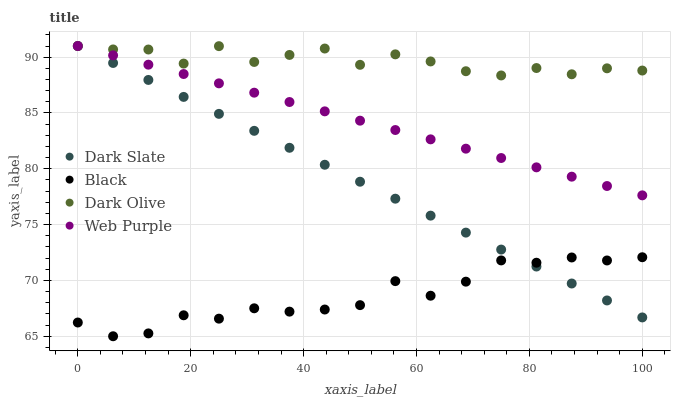
| xaxis_label | Dark Slate | Black | Dark Olive | Web Purple |
 | --- | --- | --- | --- | --- |
 | 0 | 91 | 66.2 | 91 | 91 |
 | 6.25 | 89.5 | 65 | 90.7 | 90.2 |
 | 12.5 | 88 | 65.3 | 90.7 | 89.3 |
 | 18.8 | 86.4 | 66.9 | 89.4 | 88.5 |
 | 25 | 84.9 | 66.6 | 91 | 87.7 |
 | 31.2 | 83.4 | 67.5 | 89.6 | 86.8 |
 | 37.5 | 81.9 | 67.2 | 90.2 | 86 |
 | 43.8 | 80.4 | 67.4 | 90.8 | 85.1 |
 | 50 | 78.8 | 67.8 | 89.3 | 84.3 |
 | 56.2 | 77.3 | 69.9 | 90.3 | 83.5 |
 | 62.5 | 75.8 | 68.6 | 89.6 | 82.6 |
 | 68.8 | 74.3 | 69.9 | 88.7 | 81.8 |
 | 75 | 72.8 | 71.8 | 88.4 | 81 |
 | 81.2 | 71.2 | 71.6 | 89 | 80.1 |
 | 87.5 | 69.7 | 72.1 | 88.5 | 79.3 |
 | 93.8 | 68.2 | 71.8 | 89 | 78.5 |
 | 100 | 66.7 | 72.1 | 88.8 | 77.6 |